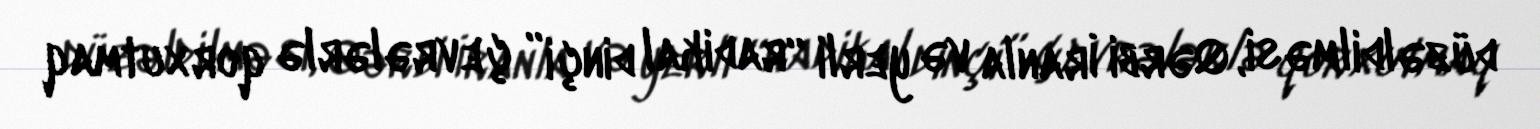
düzəldilməsi, Qərbi İranla və yerli “radikal dinçi” çevrələrlə qorxutmaq